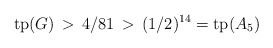
\begin{align*}\mathrm{tp}(G) \,>\, 4/81 \,>\, (1/2)^{14} = \mathrm{tp}(A_5) \end{align*}